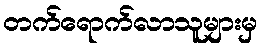
တက်ရောက်လာသူများမှ